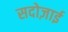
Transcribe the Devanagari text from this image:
सदोज़ाई